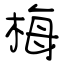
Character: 梅